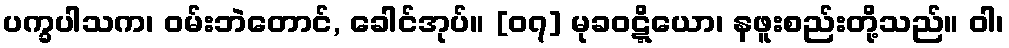
ပက္ခပါသက၊ ဝမ်းဘဲတောင်, ခေါင်အုပ်။ [၀၇] မုခဝဋ္ဋိယော၊ နဖူးစည်းတို့သည်။ ဝါ၊